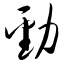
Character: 劲